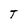
Character: T